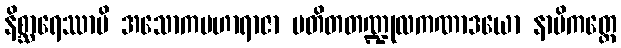
နိစ္ဆာရေဿာမိ အသောကမဟာရာဇာ ပတိတတဏ္ဍုလကဏာဒယော နာမိကတ္တေ